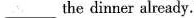
___the dinner already.